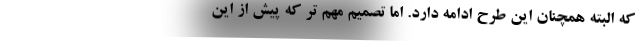
که البته همچنان این طرح ادامه دارد. اما تصمیم مهم تر که پیش از این